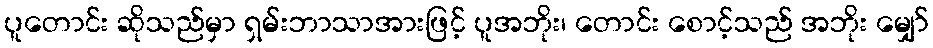
ပူတောင်း ဆိုသည်မှာ ရှမ်းဘာသာအားဖြင့် ပူအဘိုး၊ တောင်း စောင့်သည် အဘိုး မျှော်